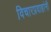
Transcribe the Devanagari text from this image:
विचारप्रवाहांनी